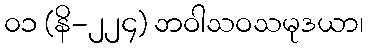
၀၁ (နိ-၂၂၄) ဘဝါသဝသမုဒယာ၊